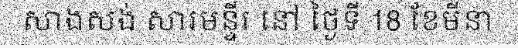
សាងសង់ សារមន្ទីរ នៅ ថ្ងៃទី 18 ខែមីនា